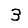
Digit: 3